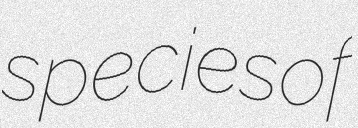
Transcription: species of